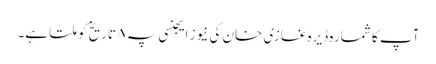
آپ کا شمارہ ڈیرہ غازی خان کی نیوز ایجنسی پہ ۸ تاریخ کو ملتا ہے۔